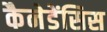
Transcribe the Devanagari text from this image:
कैनेडेंसिस